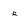
Character: r